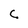
Character: C